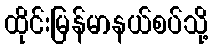
ထိုင်းမြန်မာနယ်စပ်သို့